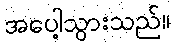
အပေါ့သွားသည်။